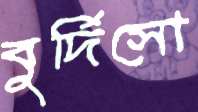
বুর্দিসো